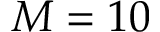
M = 1 0